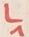
Text: L1